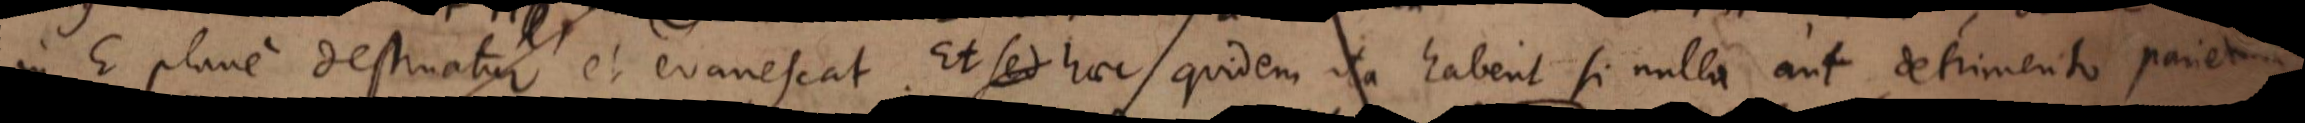
in E plane destruatur et evanescat. Et Sed haec quidem ita habent si nulla aut detrimento parietis